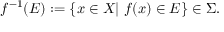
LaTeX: f ^ { - 1 } ( E ) : = \{ x \in X | \; f ( x ) \in E \} \in \Sigma .